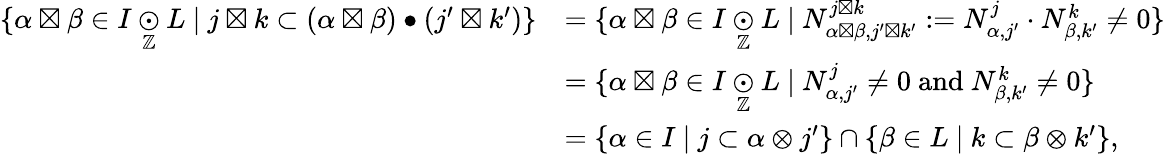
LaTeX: \begin{array}{rl}{\{ \alpha\boxtimes\beta\in I\underset{\mathbb{Z}}{\odot}L\ |\ j\boxtimes k\subset(\alpha\boxtimes\beta)\bullet(j^{\prime}\boxtimes k^{\prime})\} }&{=\{ \alpha\boxtimes\beta\in I\underset{\mathbb{Z}}{\odot}L\ |\ N_{\alpha\boxtimes\beta,j^{\prime}\boxtimes k^{\prime}}^{j\boxtimes k}:=N_{\alpha,j^{\prime}}^{j}\cdot N_{\beta,k^{\prime}}^{k}\neq 0\} }\\ &{=\{ \alpha\boxtimes\beta\in I\underset{\mathbb{Z}}{\odot}L\ |\ N_{\alpha,j^{\prime}}^{j}\neq 0\mathrm{~and~}N_{\beta,k^{\prime}}^{k}\neq 0\} }\\ &{=\{ \alpha\in I\ |\ j\subset\alpha\otimes j^{\prime}\} \cap\{ \beta\in L\ |\ k\subset\beta\otimes k^{\prime}\} ,}\end{array}